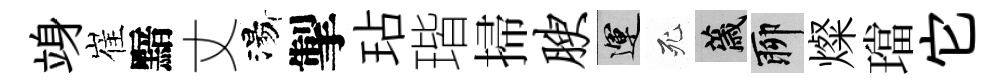
竧崔黯丈湯掣玷瑎掃腴運死薉聊燦璫它